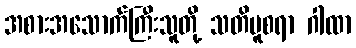
အစားအသောက်ကြီးသူတို့ သတိမူစရာ ဂါထာ